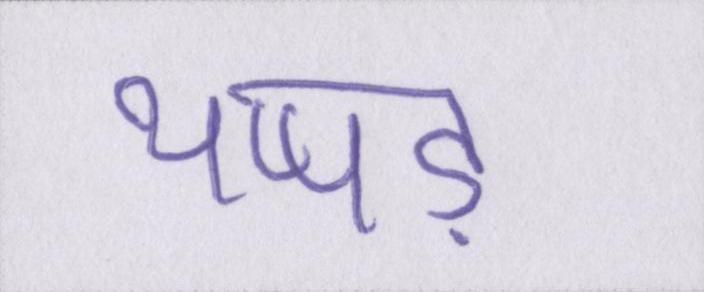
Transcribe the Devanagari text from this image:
थप्पड़